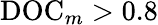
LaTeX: \mathrm{DOC}_{m}>0.8